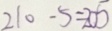
2 1 0 - 5 = 2 0 5